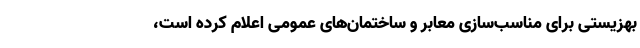
بهزیستی برای مناسب‌سازی معابر و ساختمان‌های عمومی اعلام کرده است،